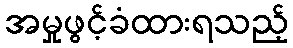
အမှုဖွင့်ခံထားရသည့်